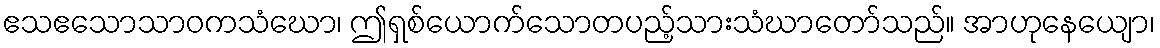
ဧသဧသောသာဝကသံဃော၊ ဤရှစ်ယောက်သောတပည့်သားသံဃာတော်သည်။ အာဟုနေယျော၊